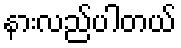
နားလည်ပါတယ်